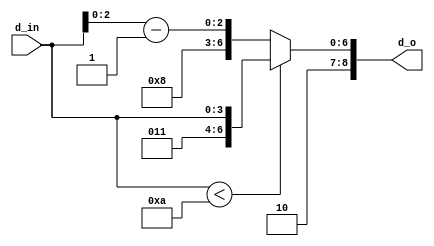
module lcd_encoder(d_in,d_o);
	
	input  [3:0]d_in;
	output [8:0]d_o;
	
	assign d_o=(d_in<4'b1010) ? {5'b10011,d_in}:{6'b101000,d_in[2:0]-1'b1};
	
endmodule